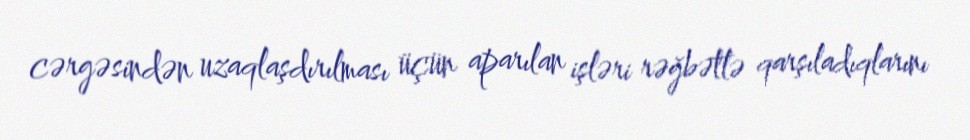
cərgəsindən uzaqlaşdırılması üçün aparılan işləri rəğbətlə qarşıladıqlarını